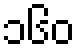
၁၆၀